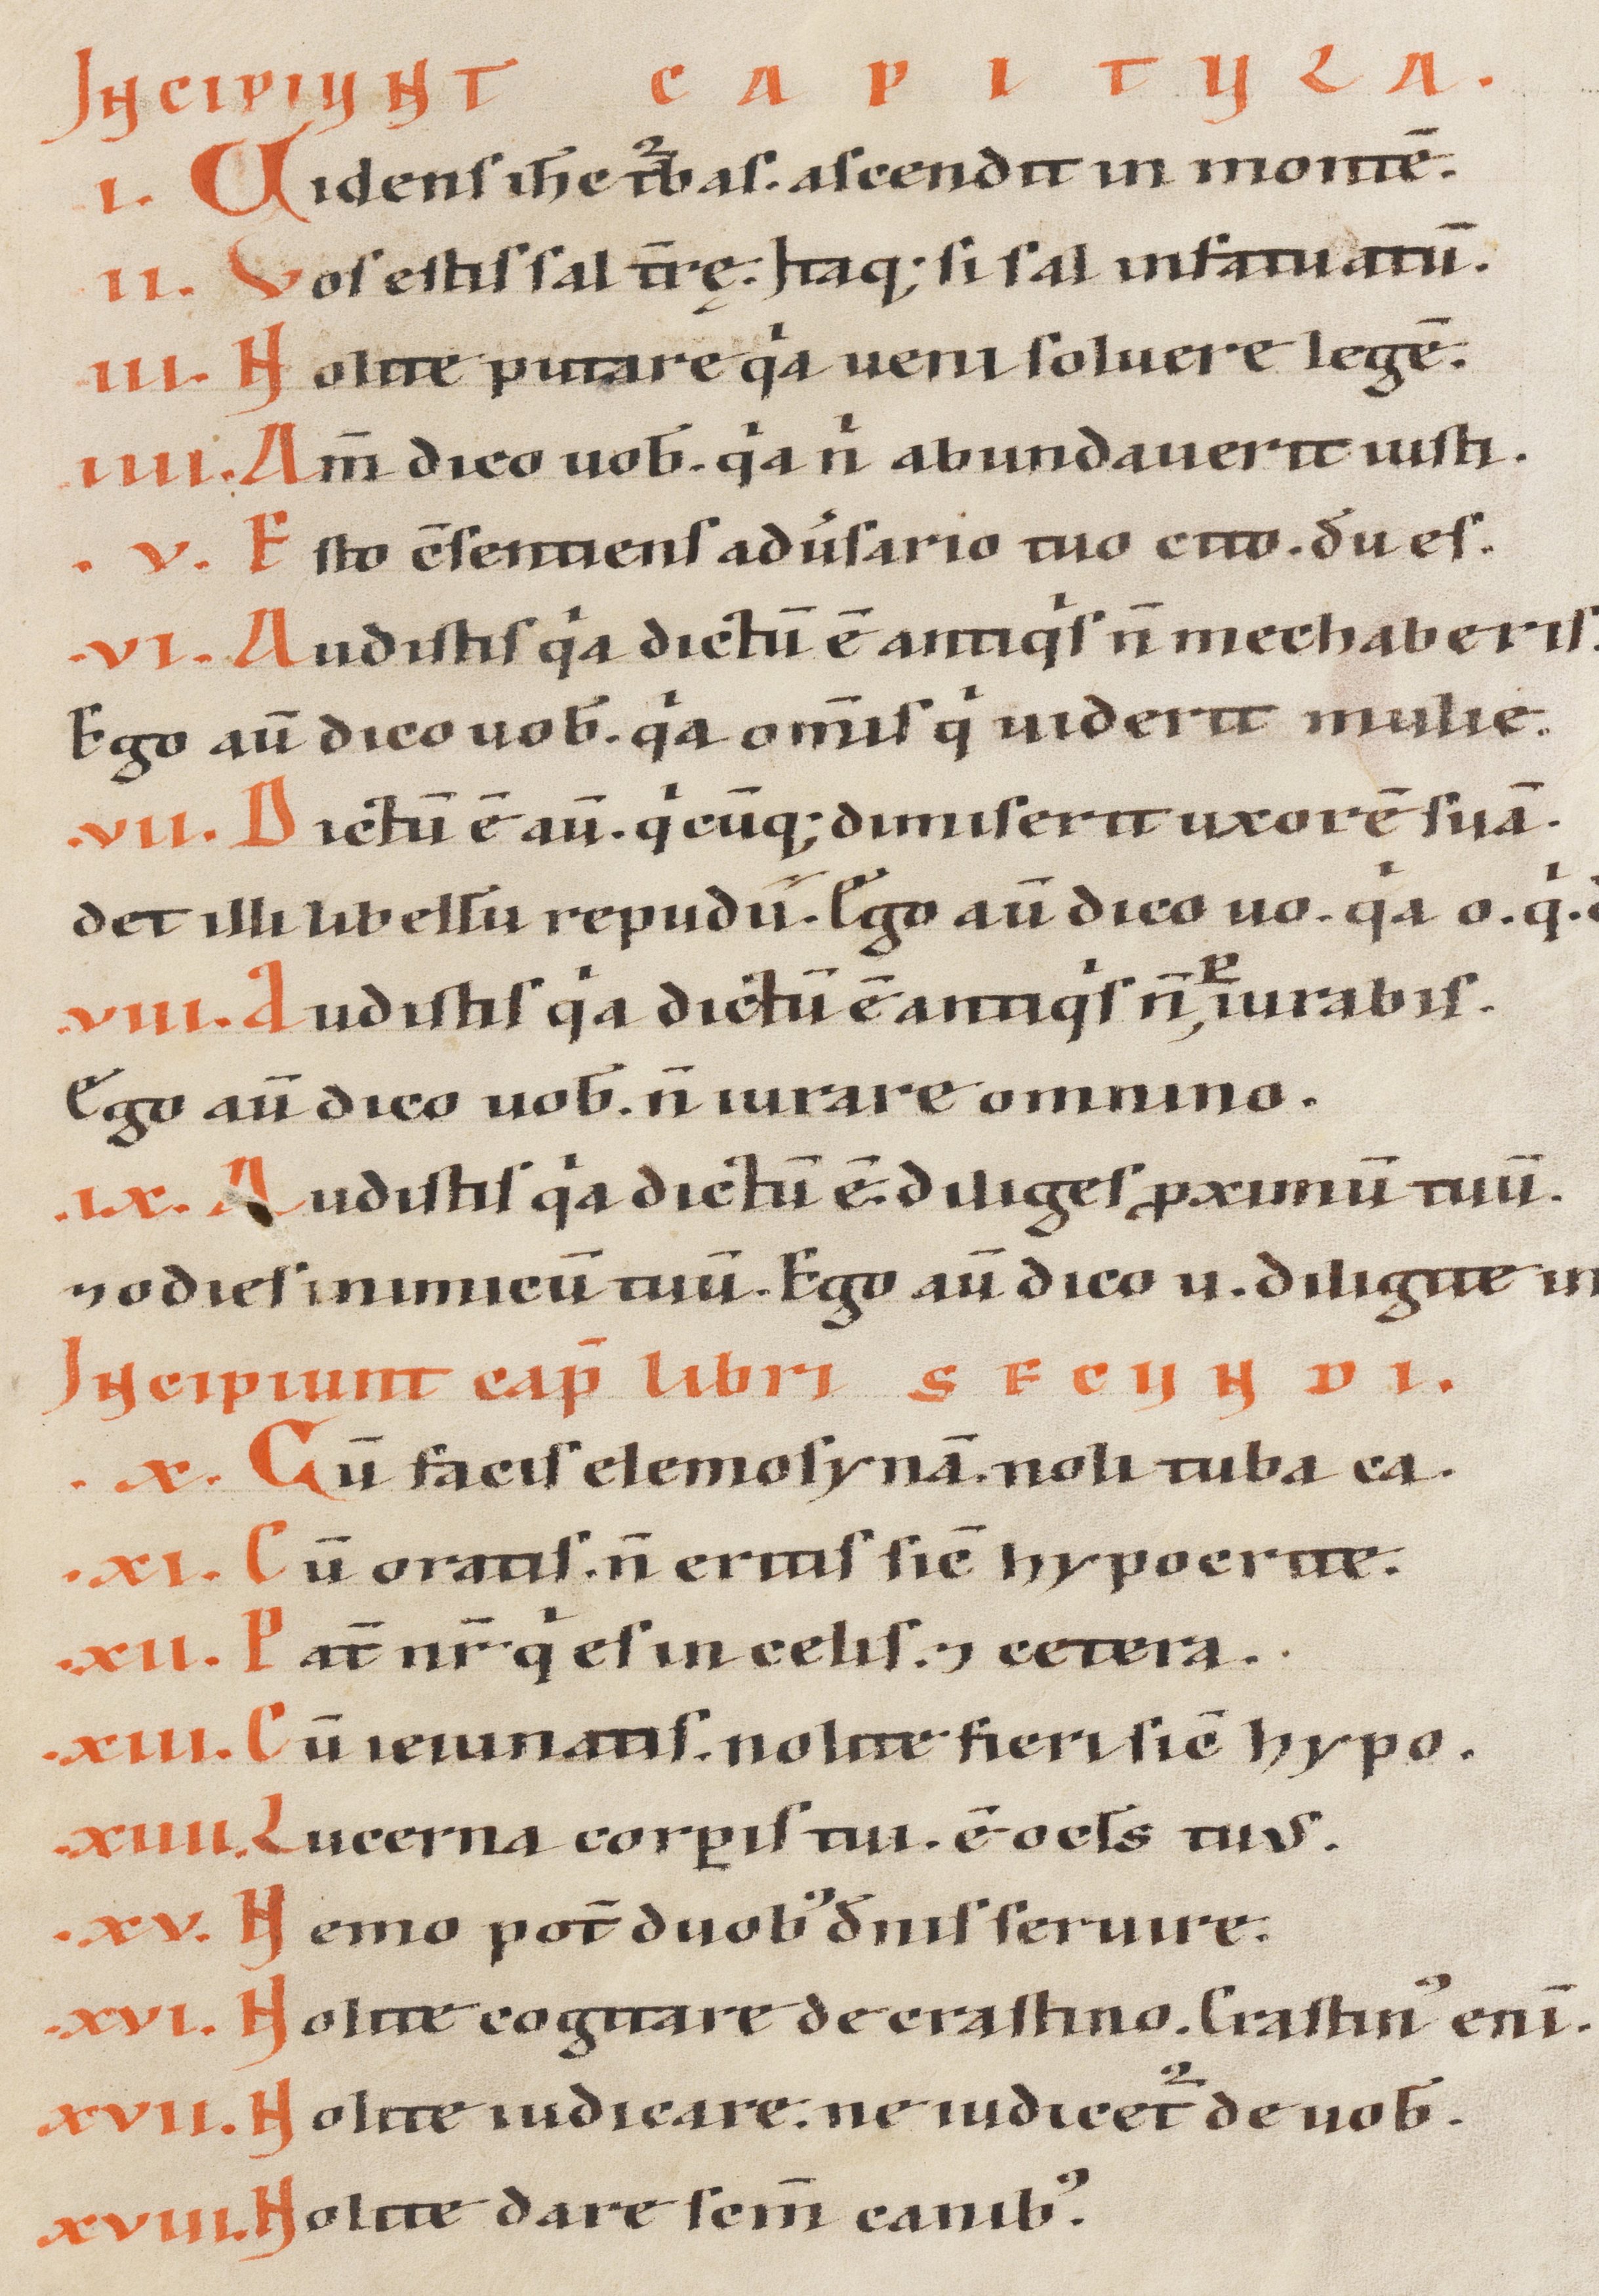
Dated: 1100–1199